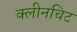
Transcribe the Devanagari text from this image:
क्लीनचिट